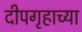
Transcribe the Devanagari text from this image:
दीपगृहाच्या